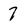
Character: 7